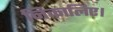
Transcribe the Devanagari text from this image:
निकालिए।